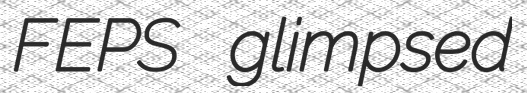
FEPS glimpsed